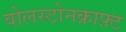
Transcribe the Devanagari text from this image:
वोलस्टोनक्राफ़्ट